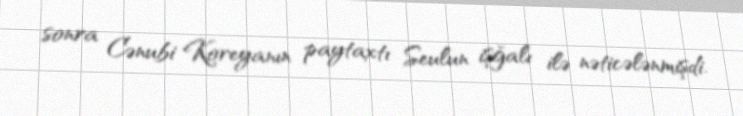
sonra Cənubi Koreyanın paytaxtı Seulun işğalı ilə nəticələnmişdi.